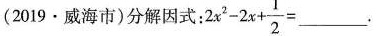
（2019·威海市）分解因式：2x^2-2x+\frac{1}{2}=___.